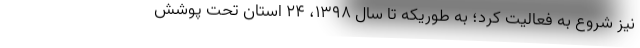
نیز شروع به فعالیت کرد؛ به طوریکه تا سال ۱۳۹۸، ۲۴ استان تحت پوشش